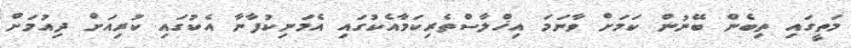
މަތީގައި ތިބެން ބޭނުން ކަމަށް ވާނަމަ އިޚްލާސްތެރިކަމާއެކުގައި އެމަނިކުފާނާ އެކުގައި ކުރިއަށް ދިއުމަށް